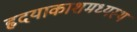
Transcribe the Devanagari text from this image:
हृदयाकाशमध्यस्थं